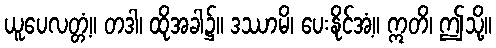
ယူပေလတ္တံ့။ တဒါ၊ ထိုအခါ၌။ ဒဿာမိ၊ ပေးနိုင်အံ့။ ဣတိ၊ ဤသို့။